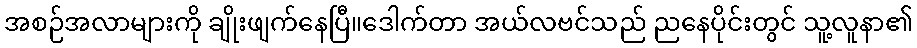
အစဉ်အလာများကို ချိုးဖျက်နေပြီ။ဒေါက်တာ အယ်လဗင်သည် ညနေပိုင်းတွင် သူ့လူနာ၏